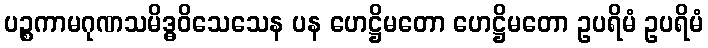
ပဉ္စကာမဂုဏသမိဒ္ဓဝိသေသေန ပန ဟေဋ္ဌိမတော ဟေဋ္ဌိမတော ဥပရိမံ ဥပရိမံ